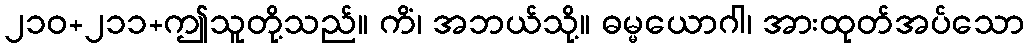
၂၁၀+၂၁၁+ဤသူတို့သည်။ ကိံ၊ အဘယ်သို့။ ဓမ္မယောဂါ၊ အားထုတ်အပ်သော